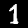
Digit: 1